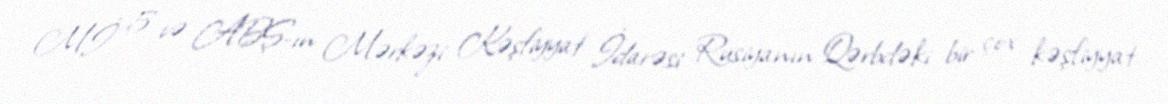
Mİ 5 və ABŞ-ın Mərkəzi Kəşfiyyat İdarəsi Rusiyanın Qərbdəki bir çox kəşfiyyat